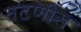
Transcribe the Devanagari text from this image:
तटणीस